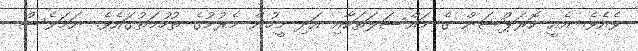
ވެއެވެ. އެއީ ކޮރަޕްޝަން ގެ މައްސަލަތަކާއި އަދި މީހުން މެރުމުގެ ތުހުމަތުގައެވެ. ނަމަވެސް